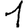
Digit: 1